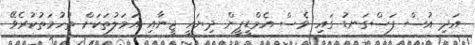
އަދި އުސް ފަސްގަނޑު ގައި ވެސް އެމްޑީޕީން ދިޔައީ ޖީނާއި އަމަލުތަކަށް ތުހުމަތުކުރެވޭ